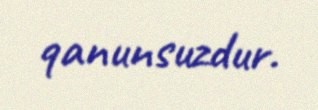
qanunsuzdur.